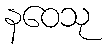
နဝေသု